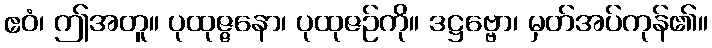
ဧဝံ၊ ဤအတူ။ ပုထုဇ္ဇနော၊ ပုထုဇဉ်ကို။ ဒဋ္ဌဗ္ဗော၊ မှတ်အပ်ကုန်၏။